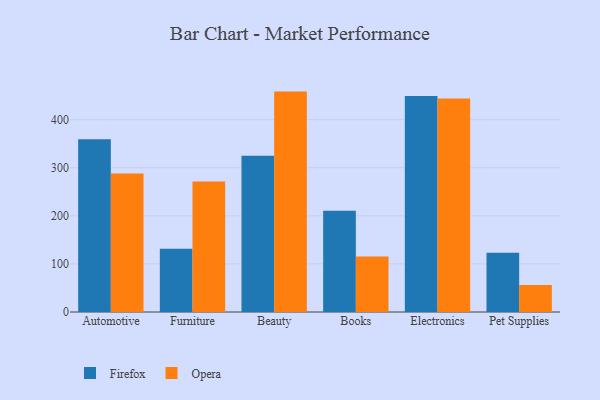
{"axis": {"x": "Category", "y": "Backlog"}, "legend": ["Firefox", "Opera"], "data": [{"x": "Automotive", "y": 359.5, "type": "Firefox"}, {"x": "Automotive", "y": 288.2, "type": "Opera"}, {"x": "Furniture", "y": 131.6, "type": "Firefox"}, {"x": "Furniture", "y": 271.2, "type": "Opera"}, {"x": "Beauty", "y": 325.1, "type": "Firefox"}, {"x": "Beauty", "y": 458.4, "type": "Opera"}, {"x": "Books", "y": 210.8, "type": "Firefox"}, {"x": "Books", "y": 115.6, "type": "Opera"}, {"x": "Electronics", "y": 449.0, "type": "Firefox"}, {"x": "Electronics", "y": 444.1, "type": "Opera"}, {"x": "Pet Supplies", "y": 123.2, "type": "Firefox"}, {"x": "Pet Supplies", "y": 55.9, "type": "Opera"}]}